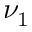
\nu _ { 1 }